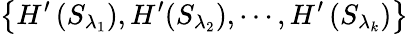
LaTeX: \left\{ H^{\prime}\left({{S}_{{\lambda}_{1}}}\right),H^{\prime}({{S}_{{\lambda}_{2}}}),\cdots,H^{\prime}\left({{S}_{{\lambda}_{k}}}\right)\right\}